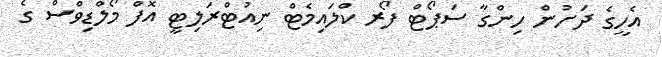
އެހީގެ ދަށުން ހިންގާ ސަޕޯޓް ފޯރ ކްލައިމެޓް ނިއުޓްރަލިޓީ އޮފް މޯލްޑިވްސް ގެ